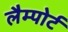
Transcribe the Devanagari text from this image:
लैम्पोर्ट